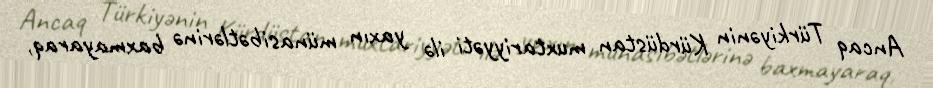
Ancaq Türkiyənin Kürdüstan muxtariyyəti ilə yaxın münasibətlərinə baxmayaraq,